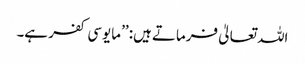
اللہ تعالیٰ فرماتے ہیں: ’’مایوسی کفر ہے۔